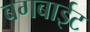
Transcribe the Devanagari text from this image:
बगबाईट